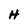
Character: H